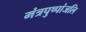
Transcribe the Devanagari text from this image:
मंत्रपुष्पांजलि